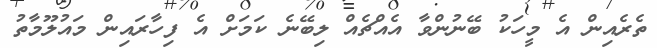
ތެރެއިން އެ މީހަކު ބޭނުންވާ އެއްޗެއް ލިބޭނެ ކަމަށް އެ ފިހާރައިން މައުލޫމާތު